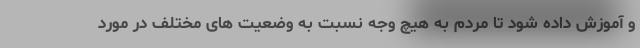
و آموزش داده شود تا مردم به هیچ وجه نسبت به وضعیت های مختلف در مورد